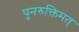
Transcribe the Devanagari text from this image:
पुनरुक्तिमत्